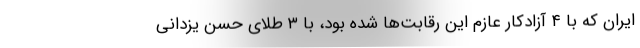
ایران که با ۴ آزادکار عازم این رقابت‌ها شده بود، با ۳ طلای حسن یزدانی